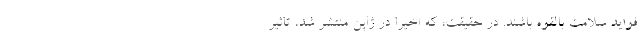
فواید سلامت بالقوه باشند. در حقیقت، که اخیرا در ژاپن منتشر شد، تاثیر